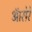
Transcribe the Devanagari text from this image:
ऑरोरे